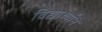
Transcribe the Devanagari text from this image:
विद्यार्थ्यानं